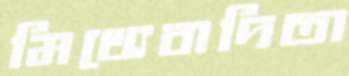
মিথ্যেবাদিতা